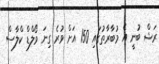
ރަޝް ބުނީ އެ މުބާރާތުގައި 150 އަށް ވުރެ ގިނަ ވޯލްޑް ކްލާސް